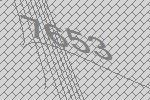
7653